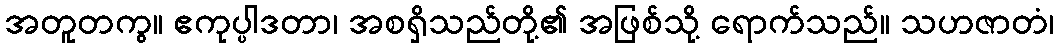
အတူတကွ။ ဧကုပ္ပါဒတာ၊ အစရှိသည်တို့၏ အဖြစ်သို့ ရောက်သည်။ သဟဇာတံ၊